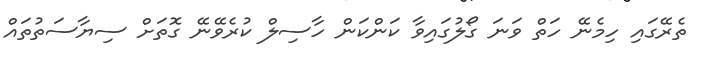
ތެރޭގައި ހިމެނޭ ހަތް ވަނަ ގޯލުގައިވާ ކަންކަން ހާސިލް ކުރެވޭނޭ ގޮތަށް ސިޔާސަތުތައް